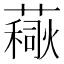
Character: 𧀚